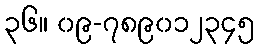
၃၆။ ၀၉-၇၈၉၀၁၂၃၄၅